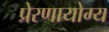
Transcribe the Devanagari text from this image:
प्रेरणायोग्य